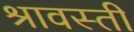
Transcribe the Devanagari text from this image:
श्रावस्‍ती